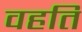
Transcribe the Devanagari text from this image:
वहति